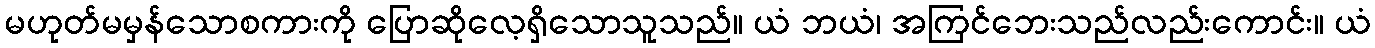
မဟုတ်မမှန်သောစကားကို ပြောဆိုလေ့ရှိသောသူသည်။ ယံ ဘယံ၊ အကြင်ဘေးသည်လည်းကောင်း။ ယံ